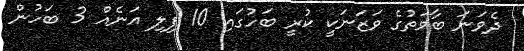
ދެވަނަ ބާވަތުގެ ވަޒަނަކީ ކުރީ ބަހުގައި 10 ފިލި އަނެއް 3 ބަހުން